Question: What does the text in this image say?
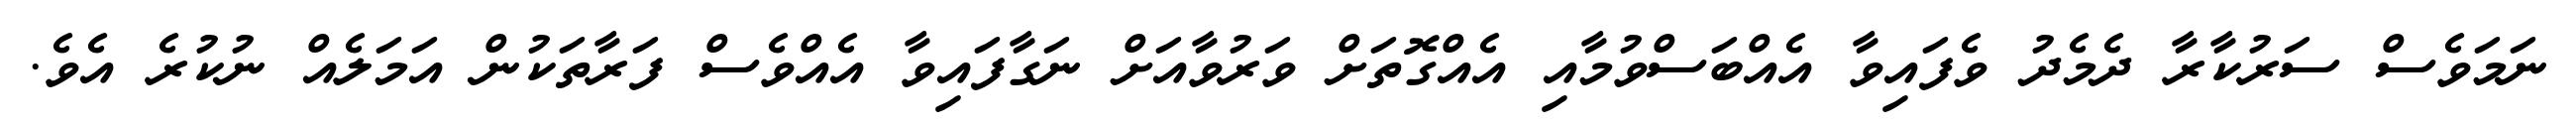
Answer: ނަމަވެސް ސަރުކާރާ ދެމެދު ވެފައިވާ އެއްބަސްވުމާއި އެއްގޮތަށް ވަރުވާއަށް ނަގާފައިވާ އެއްވެސް ފަރާތަކުން އަމަލެއް ނުކުރެ އެވެ.